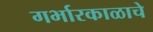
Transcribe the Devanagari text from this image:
गर्भारकाळाचे